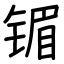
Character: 镅